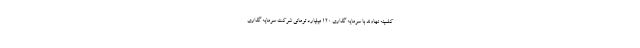
کلسینه نهاوند با سرمایه گذاری ۱۲۰ میلیارد تومانی شرکت سرمایه گذاری